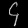
Digit: ၄